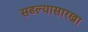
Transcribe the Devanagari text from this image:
सडल्यासारखा